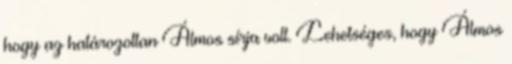
hogy az határozottan Álmos sírja volt. Lehetséges, hogy Álmos